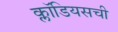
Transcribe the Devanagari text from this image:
क्लॉडियसची